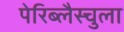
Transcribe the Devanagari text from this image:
पेरिब्लैस्चुला